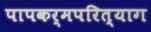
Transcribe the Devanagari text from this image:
पापकर्मपरित्याग